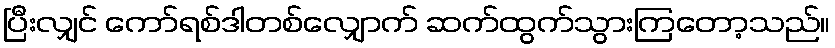
ပြီးလျှင် ကော်ရစ်ဒါတစ်လျှောက် ဆက်ထွက်သွားကြတော့သည်။